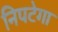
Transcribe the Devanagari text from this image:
निपटेगा